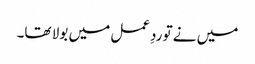
میں نے تو ردِعمل میں بولا تھا۔